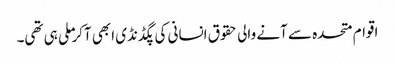
اقوام متحدہ سے آنے والی حقوق انسانی کی پگڈنڈی ابھی آکر ملی ہی تھی۔